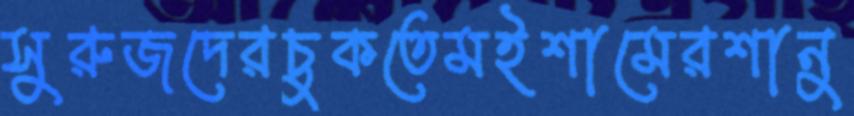
সুরুজদেরচুকতেমইশামেরশানু